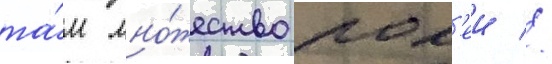
та́м мно́жество рол'еи //